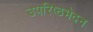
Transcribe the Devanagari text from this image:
उपरिष्ठभेदन